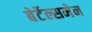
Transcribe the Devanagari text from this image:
बेर्टेल्समेन